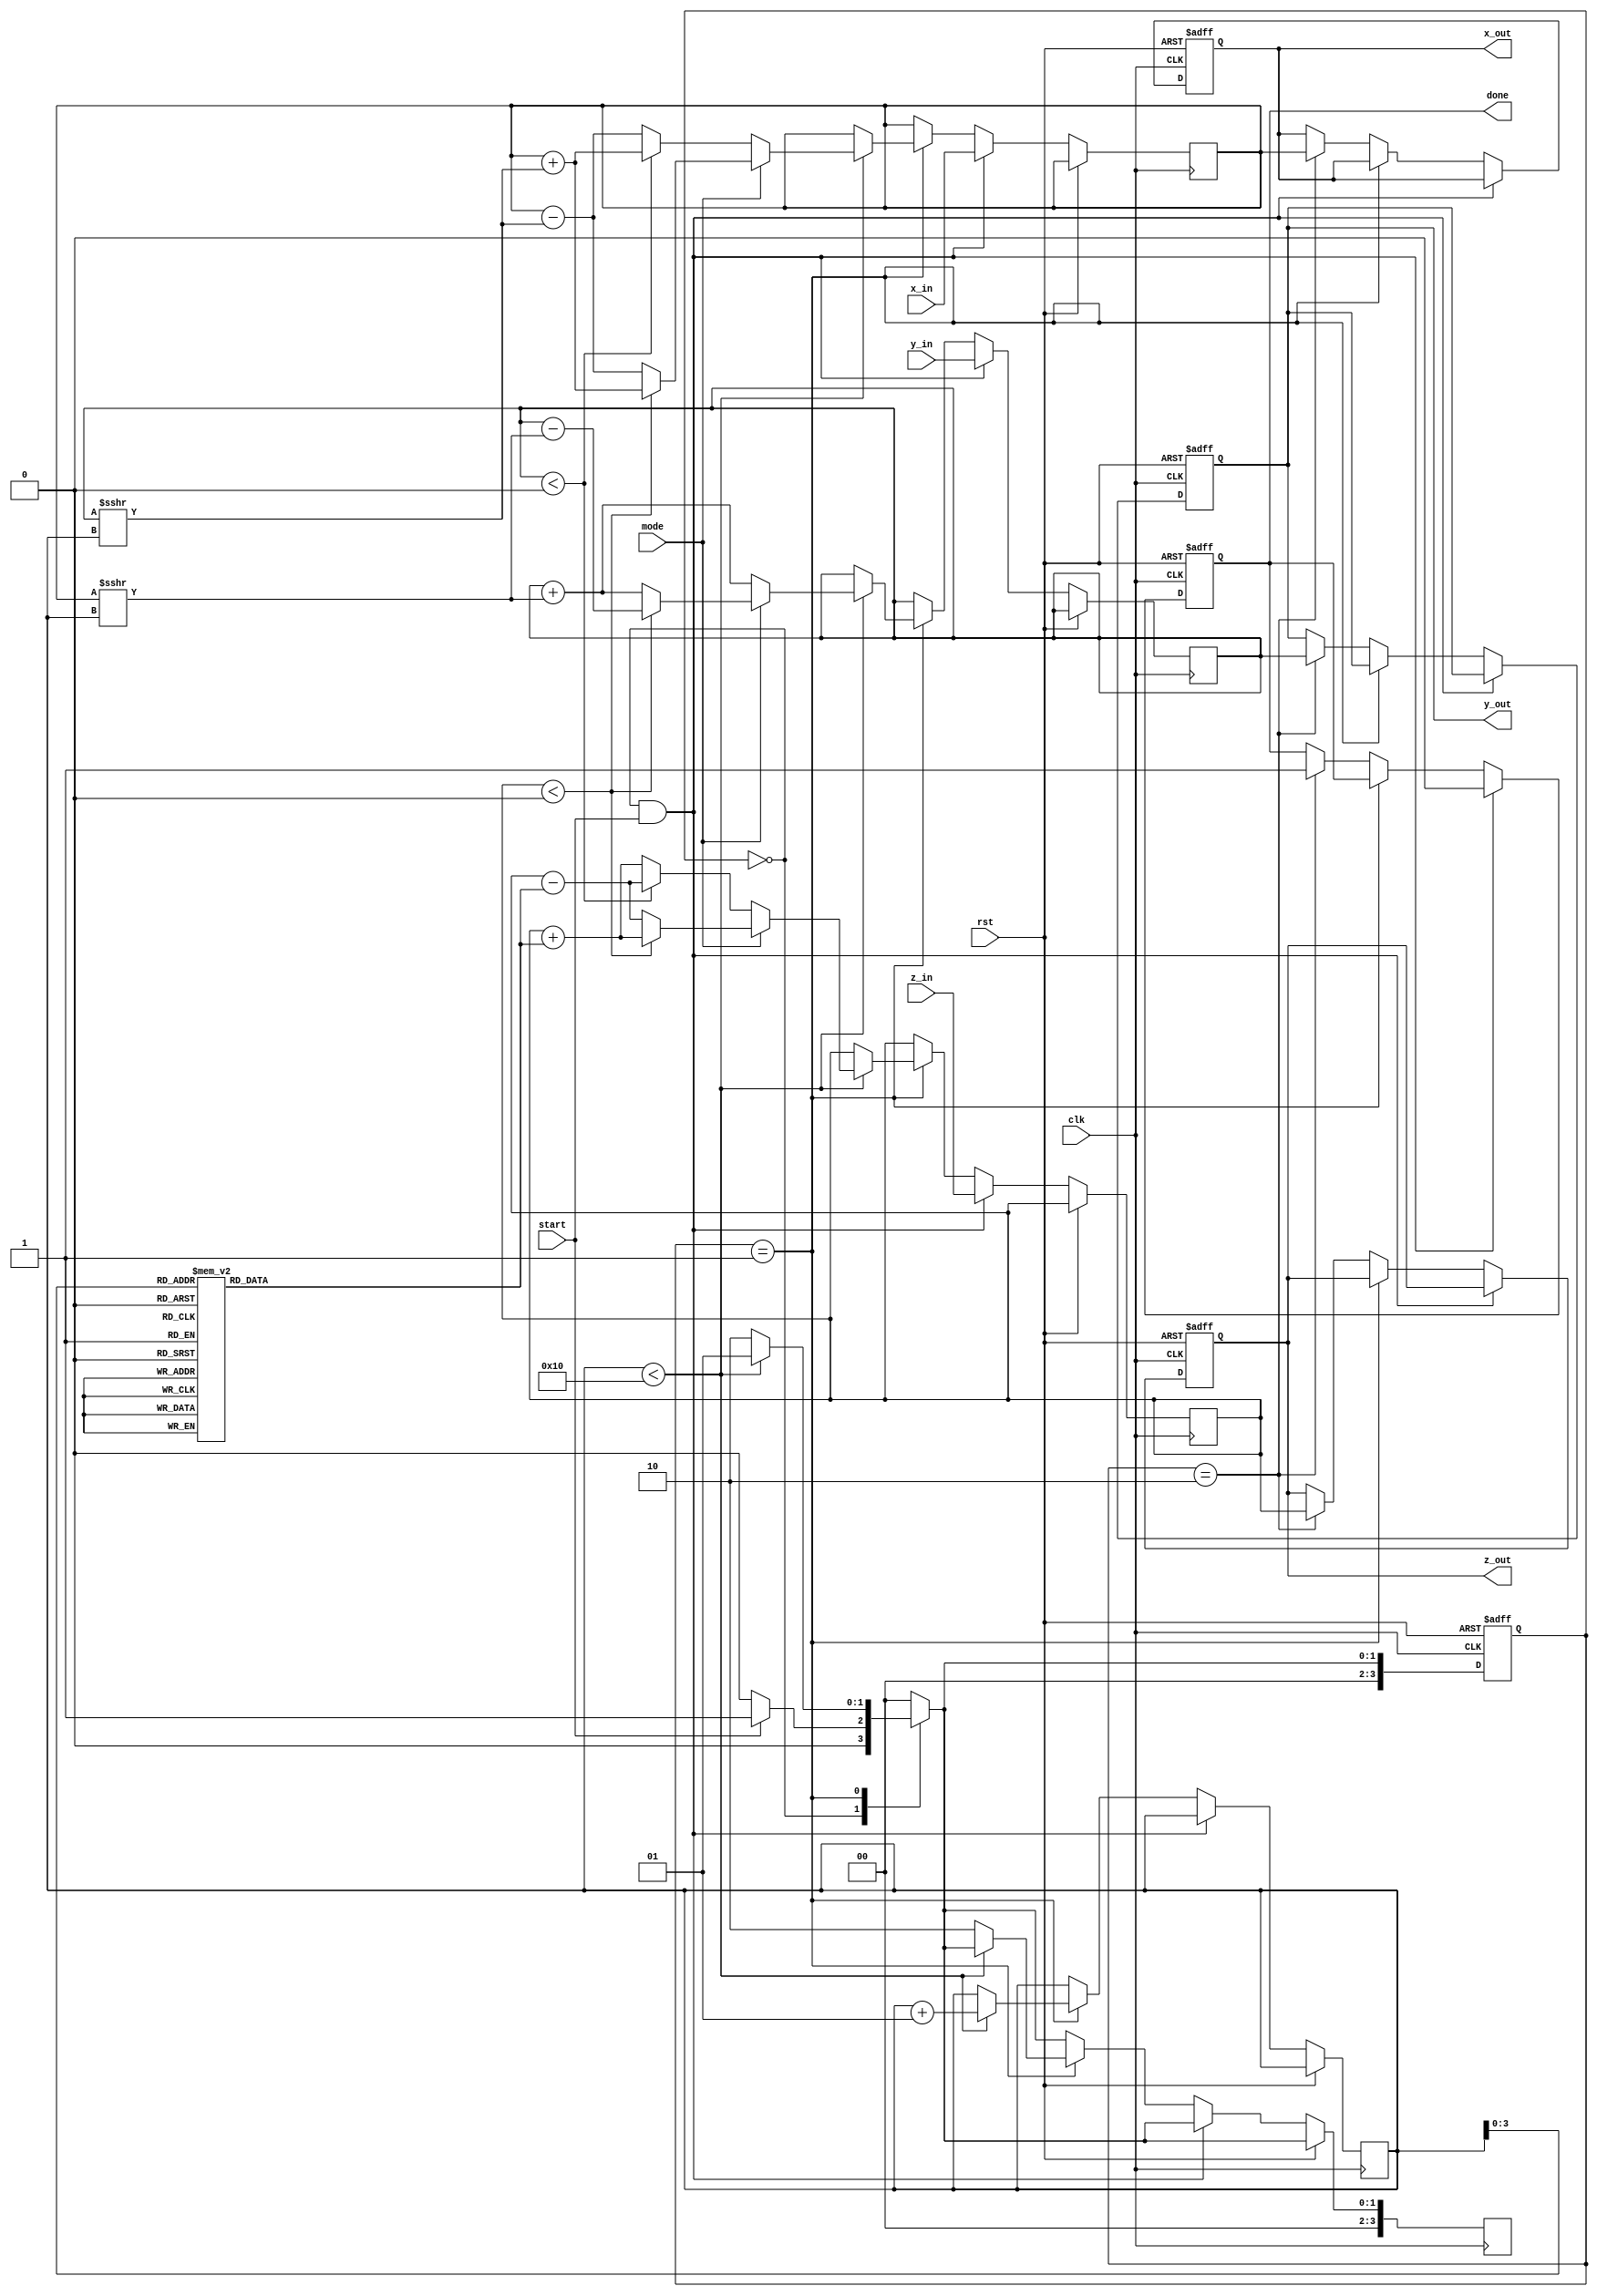
module modified_cordic #(
    parameter WIDTH = 16, // Configurable data width
    parameter ITERATIONS = 16 // Number of iterations
)(
    input wire clk,
    input wire rst,
    input wire start,
    input wire mode, // 0 for rotation, 1 for vectoring
    input wire signed [WIDTH-1:0] x_in, // Input X coordinate
    input wire signed [WIDTH-1:0] y_in, // Input Y coordinate
    input wire signed [WIDTH-1:0] z_in, // Input angle or magnitude
    output reg signed [WIDTH-1:0] x_out, // Output X coordinate
    output reg signed [WIDTH-1:0] y_out, // Output Y coordinate
    output reg signed [WIDTH-1:0] z_out, // Output angle or magnitude
    output reg done // Indicates completion
);

    // CORDIC constants (arctan(2^-i) for i = 0 to ITERATIONS-1)
    reg signed [WIDTH-1:0] atan_table [0:ITERATIONS-1];
    
    initial begin
        // Initialize arctangent values (in fixed-point representation)
        atan_table[0] = 16'h26DD; // atan(1) in Q1.15 format
        atan_table[1] = 16'h1C71; // atan(0.5)
        atan_table[2] = 16'h14B0; // atan(0.25)
        // ... Initialize other atan values for more iterations
    end

    reg signed [WIDTH-1:0] x_reg, y_reg, z_reg;
    integer i;
    reg [3:0] state, next_state;
    
    localparam IDLE = 0, COMPUTE = 1, DONE = 2;

    always @(posedge clk or posedge rst) begin
        if (rst) begin
            state <= IDLE;
            done <= 0;
            x_out <= 0;
            y_out <= 0;
            z_out <= 0;
        end else begin
            state <= next_state;
            if (state == IDLE && start) begin
                x_reg <= x_in;
                y_reg <= y_in;
                z_reg <= z_in;
                done <= 0;
            end else if (state == COMPUTE) begin
                // CORDIC iterations
                if (i < ITERATIONS) begin
                    if (mode == 0) begin // Rotation mode
                        if (y_reg < 0) begin
                            x_reg <= x_reg + (y_reg >>> i);
                            y_reg <= y_reg + (x_reg >>> i);
                            z_reg <= z_reg - atan_table[i];
                        end else begin
                            x_reg <= x_reg - (y_reg >>> i);
                            y_reg <= y_reg + (x_reg >>> i);
                            z_reg <= z_reg + atan_table[i];
                        end
                    end else begin // Vectoring mode
                        if (z_reg < 0) begin
                            x_reg <= x_reg + (y_reg >>> i);
                            y_reg <= y_reg - (x_reg >>> i);
                            z_reg <= z_reg + atan_table[i];
                        end else begin
                            x_reg <= x_reg - (y_reg >>> i);
                            y_reg <= y_reg + (x_reg >>> i);
                            z_reg <= z_reg - atan_table[i];
                        end
                    end
                    i = i + 1;
                end else begin
                    next_state = DONE;
                end
            end else if (state == DONE) begin
                x_out <= x_reg;
                y_out <= y_reg;
                z_out <= z_reg;
                done <= 1;
            end
        end
    end

    always @(*) begin
        case (state)
            IDLE: next_state = start ? COMPUTE : IDLE;
            COMPUTE: next_state = (i < ITERATIONS) ? COMPUTE : DONE;
            DONE: next_state = IDLE; // Return to IDLE after completion
            default: next_state = IDLE;
        endcase
    end

endmodule